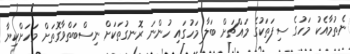
ނެތުމާއެކު މަހުގެ ސިފަތަކުގެ މައްޗަށް ބަލާ މަހުގައި ހުންނަ ރޮނގުތަކަށް ނިސްބަތްވާގޮތަށް މަހަށްކިޔާ